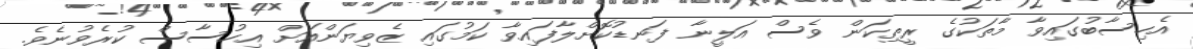
އެހިސާބުގައިވާ މާތަކުގެ ރީތިކަން ވެސް އަލީނާ ފަނޑުކޮށްލާފައިވާ ކަމުގައި ޒެވިޔަންއަށް އިހުސާސް ކުރެވުނެވެ.